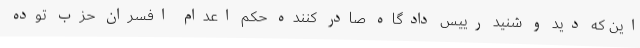
این که دید و شنید رییس دادگاه صادر کننده حکم اعدام افسران حزب توده